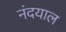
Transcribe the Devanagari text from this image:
नंदयाल